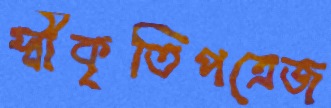
স্বীকৃতিপত্রেজ